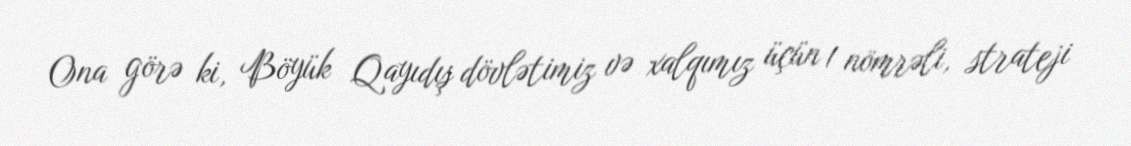
Ona görə ki, Böyük Qayıdış dövlətimiz və xalqımız üçün 1 nömrəli, strateji